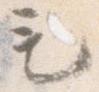
も